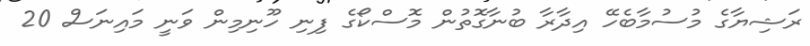
ރަޝިޔާގެ މުސުމާބެހޭ އިދާރާ ބުނާގޮތުން މޮސްކޯގެ ފިނި ހޫނިމިން ވަނީ މައިނަސް 20